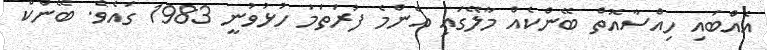
އެއްބައި ހިއްސާއޮތް ބޭންކެއް މާލޭގައި އެންމެ ފުރަތަމަ ހުޅުވުނީ 1983 ގައެވެ. ބޭންކް